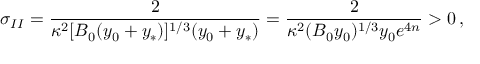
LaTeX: \sigma _ { I I } = { \frac { 2 } { \kappa ^ { 2 } [ B _ { 0 } ( y _ { 0 } + y _ { * } ) ] ^ { 1 / 3 } ( y _ { 0 } + y _ { * } ) } } = { \frac { 2 } { \kappa ^ { 2 } ( B _ { 0 } y _ { 0 } ) ^ { 1 / 3 } y _ { 0 } e ^ { 4 n } } } > 0 \, ,